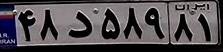
۴۸د۵۸۹۸۱